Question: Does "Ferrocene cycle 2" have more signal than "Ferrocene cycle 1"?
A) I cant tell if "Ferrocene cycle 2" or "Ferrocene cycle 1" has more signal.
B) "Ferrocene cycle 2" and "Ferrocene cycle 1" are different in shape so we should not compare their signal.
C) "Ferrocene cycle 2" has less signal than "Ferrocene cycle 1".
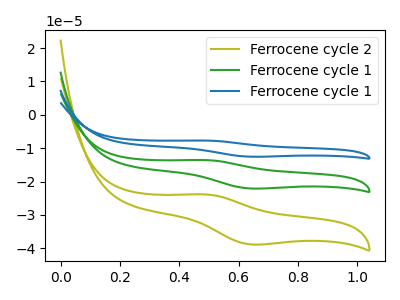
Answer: <think>The olive curve "Ferrocene cycle 2" has an anodic peak at (0.50V, -23.85uA) and a cathodic peak at (0.65V, -38.80uA). The green curve "Ferrocene cycle 1" has an anodic peak at (0.50V, -13.55uA) and a cathodic peak at (0.65V, -22.05uA). The blue curve "Ferrocene cycle 1" has an anodic peak at (0.50V, -27.10uA) and a cathodic peak at (0.65V, -44.15uA).
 All the peaks in "Ferrocene cycle 2" have a peak in "Ferrocene cycle 1" at the same potential.</think>
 <answer>A) I cant tell if "Ferrocene cycle 2" or "Ferrocene cycle 1" has more signal.</answer>
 <eval>A</eval>